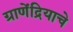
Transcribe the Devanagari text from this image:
ग्राणेंद्रियाचे